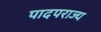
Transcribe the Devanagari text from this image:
पादपराज्य